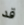
قد